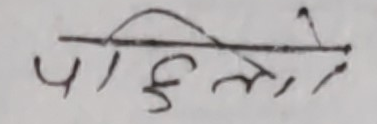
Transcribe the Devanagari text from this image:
पहिलो